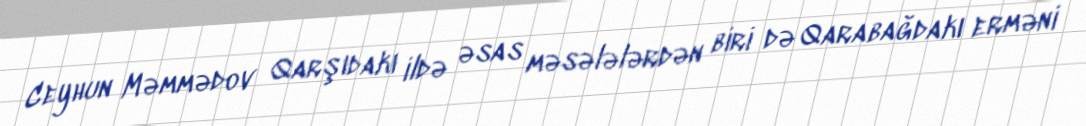
Ceyhun Məmmədov Qarşıdakı ildə əsas məsələlərdən biri də Qarabağdakı erməni